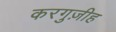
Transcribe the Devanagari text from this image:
करगुज़ीह